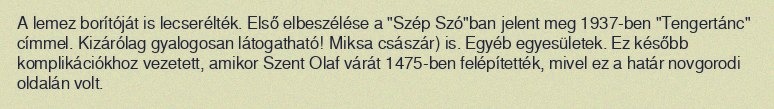
A lemez borítóját is lecserélték. Első elbeszélése a "Szép Szó"ban jelent meg 1937-ben "Tengertánc" címmel. Kizárólag gyalogosan látogatható! Miksa császár) is. Egyéb egyesületek. Ez később komplikációkhoz vezetett, amikor Szent Olaf várát 1475-ben felépítették, mivel ez a határ novgorodi oldalán volt.